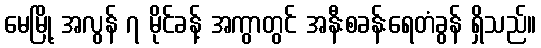
မေမြို့ အလွန် ၇ မိုင်ခန့် အကွာတွင် အနီးစခန်းရေတံခွန် ရှိသည်။